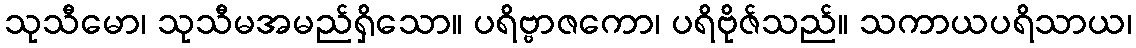
သုသီမော၊ သုသီမအမည်ရှိသော။ ပရိဗ္ဗာဇကော၊ ပရိဗိုဇ်သည်။ သကာယပရိသာယ၊